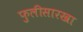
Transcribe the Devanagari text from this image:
फुलीसारखा